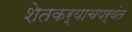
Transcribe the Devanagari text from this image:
शेतकर्याचपर्यंत